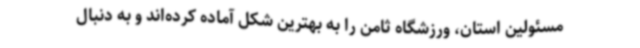
مسئولین استان، ورزشگاه ثامن را به بهترین شکل آماده کرده‌اند و به دنبال